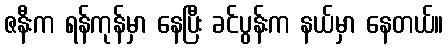
ဇနီးက ရန်ကုန်မှာ နေပြီး ခင်ပွန်းက နယ်မှာ နေတယ်။